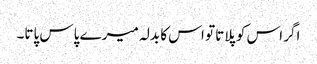
اگر اس کو پلاتا تو اس کا بدلہ میرے پاس پاتا۔